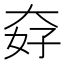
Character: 𡘏